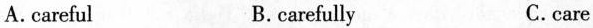
A.careful B. carefully C.care